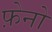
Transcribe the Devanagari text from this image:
फ़ेनो